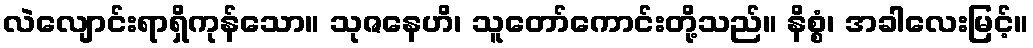
လဲလျောင်းရာရှိကုန်သော။ သုဇနေဟိ၊ သူတော်ကောင်းတို့သည်။ နိစ္စံ၊ အခါလေးမြင့်။